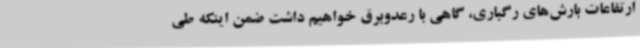
ارتفاعات بارش‌های رگباری، گاهی با رعدوبرق خواهیم داشت ضمن اینکه طی